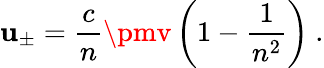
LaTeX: \mathbf{u}_{\pm}={\frac{{c}}{{n}}}\pmv\left(1-{\frac{{1}}{{n^{2}}}}\right)\ .